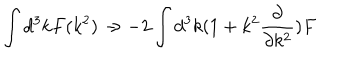
\int d ^ { 3 } k F ( k ^ { 2 } ) \rightarrow - 2 \int d ^ { 3 } k ( 1 + k ^ { 2 } \frac { \partial } { \partial k ^ { 2 } } ) F